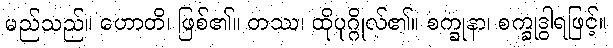
မည်သည်။ ဟောတိ၊ ဖြစ်၏။ တဿ၊ ထိုပုဂ္ဂိုလ်၏။ စက္ခုနာ၊ စက္ခုဒွါရဖြင့်။